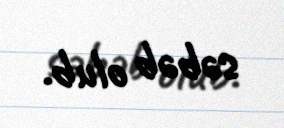
səbəb olub.